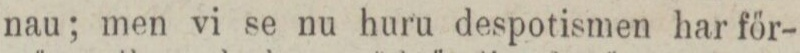
nau; men vi se nu huru despotismen har för-